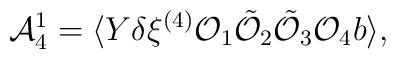
{\cal A}_{4}^{1}=  \langle   Y \delta  \xi ^{(4)} {\cal O}_1 \tilde{{\cal O}}_2\tilde{{\cal O}}_3 {\cal O}_4  b \rangle ,